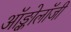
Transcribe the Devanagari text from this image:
ऑङ्कोलॉजी